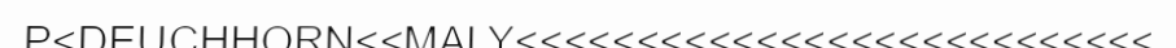
P<DEUCHHORN<<MALY<<<<<<<<<<<<<<<<<<<<<<<<<<<